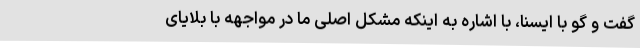
گفت و گو با ایسنا، با اشاره به اینکه مشکل اصلی ما در مواجهه با بلایای